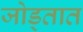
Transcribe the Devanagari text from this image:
जोड्तात